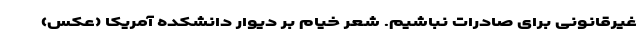
غیرقانونی برای صادرات نباشیم. شعر خیام بر دیوار دانشکده آمریکا (عکس)